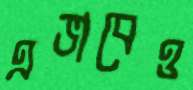
এভাবেও